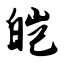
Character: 皑